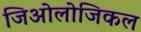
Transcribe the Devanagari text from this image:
जिओलोजिकल